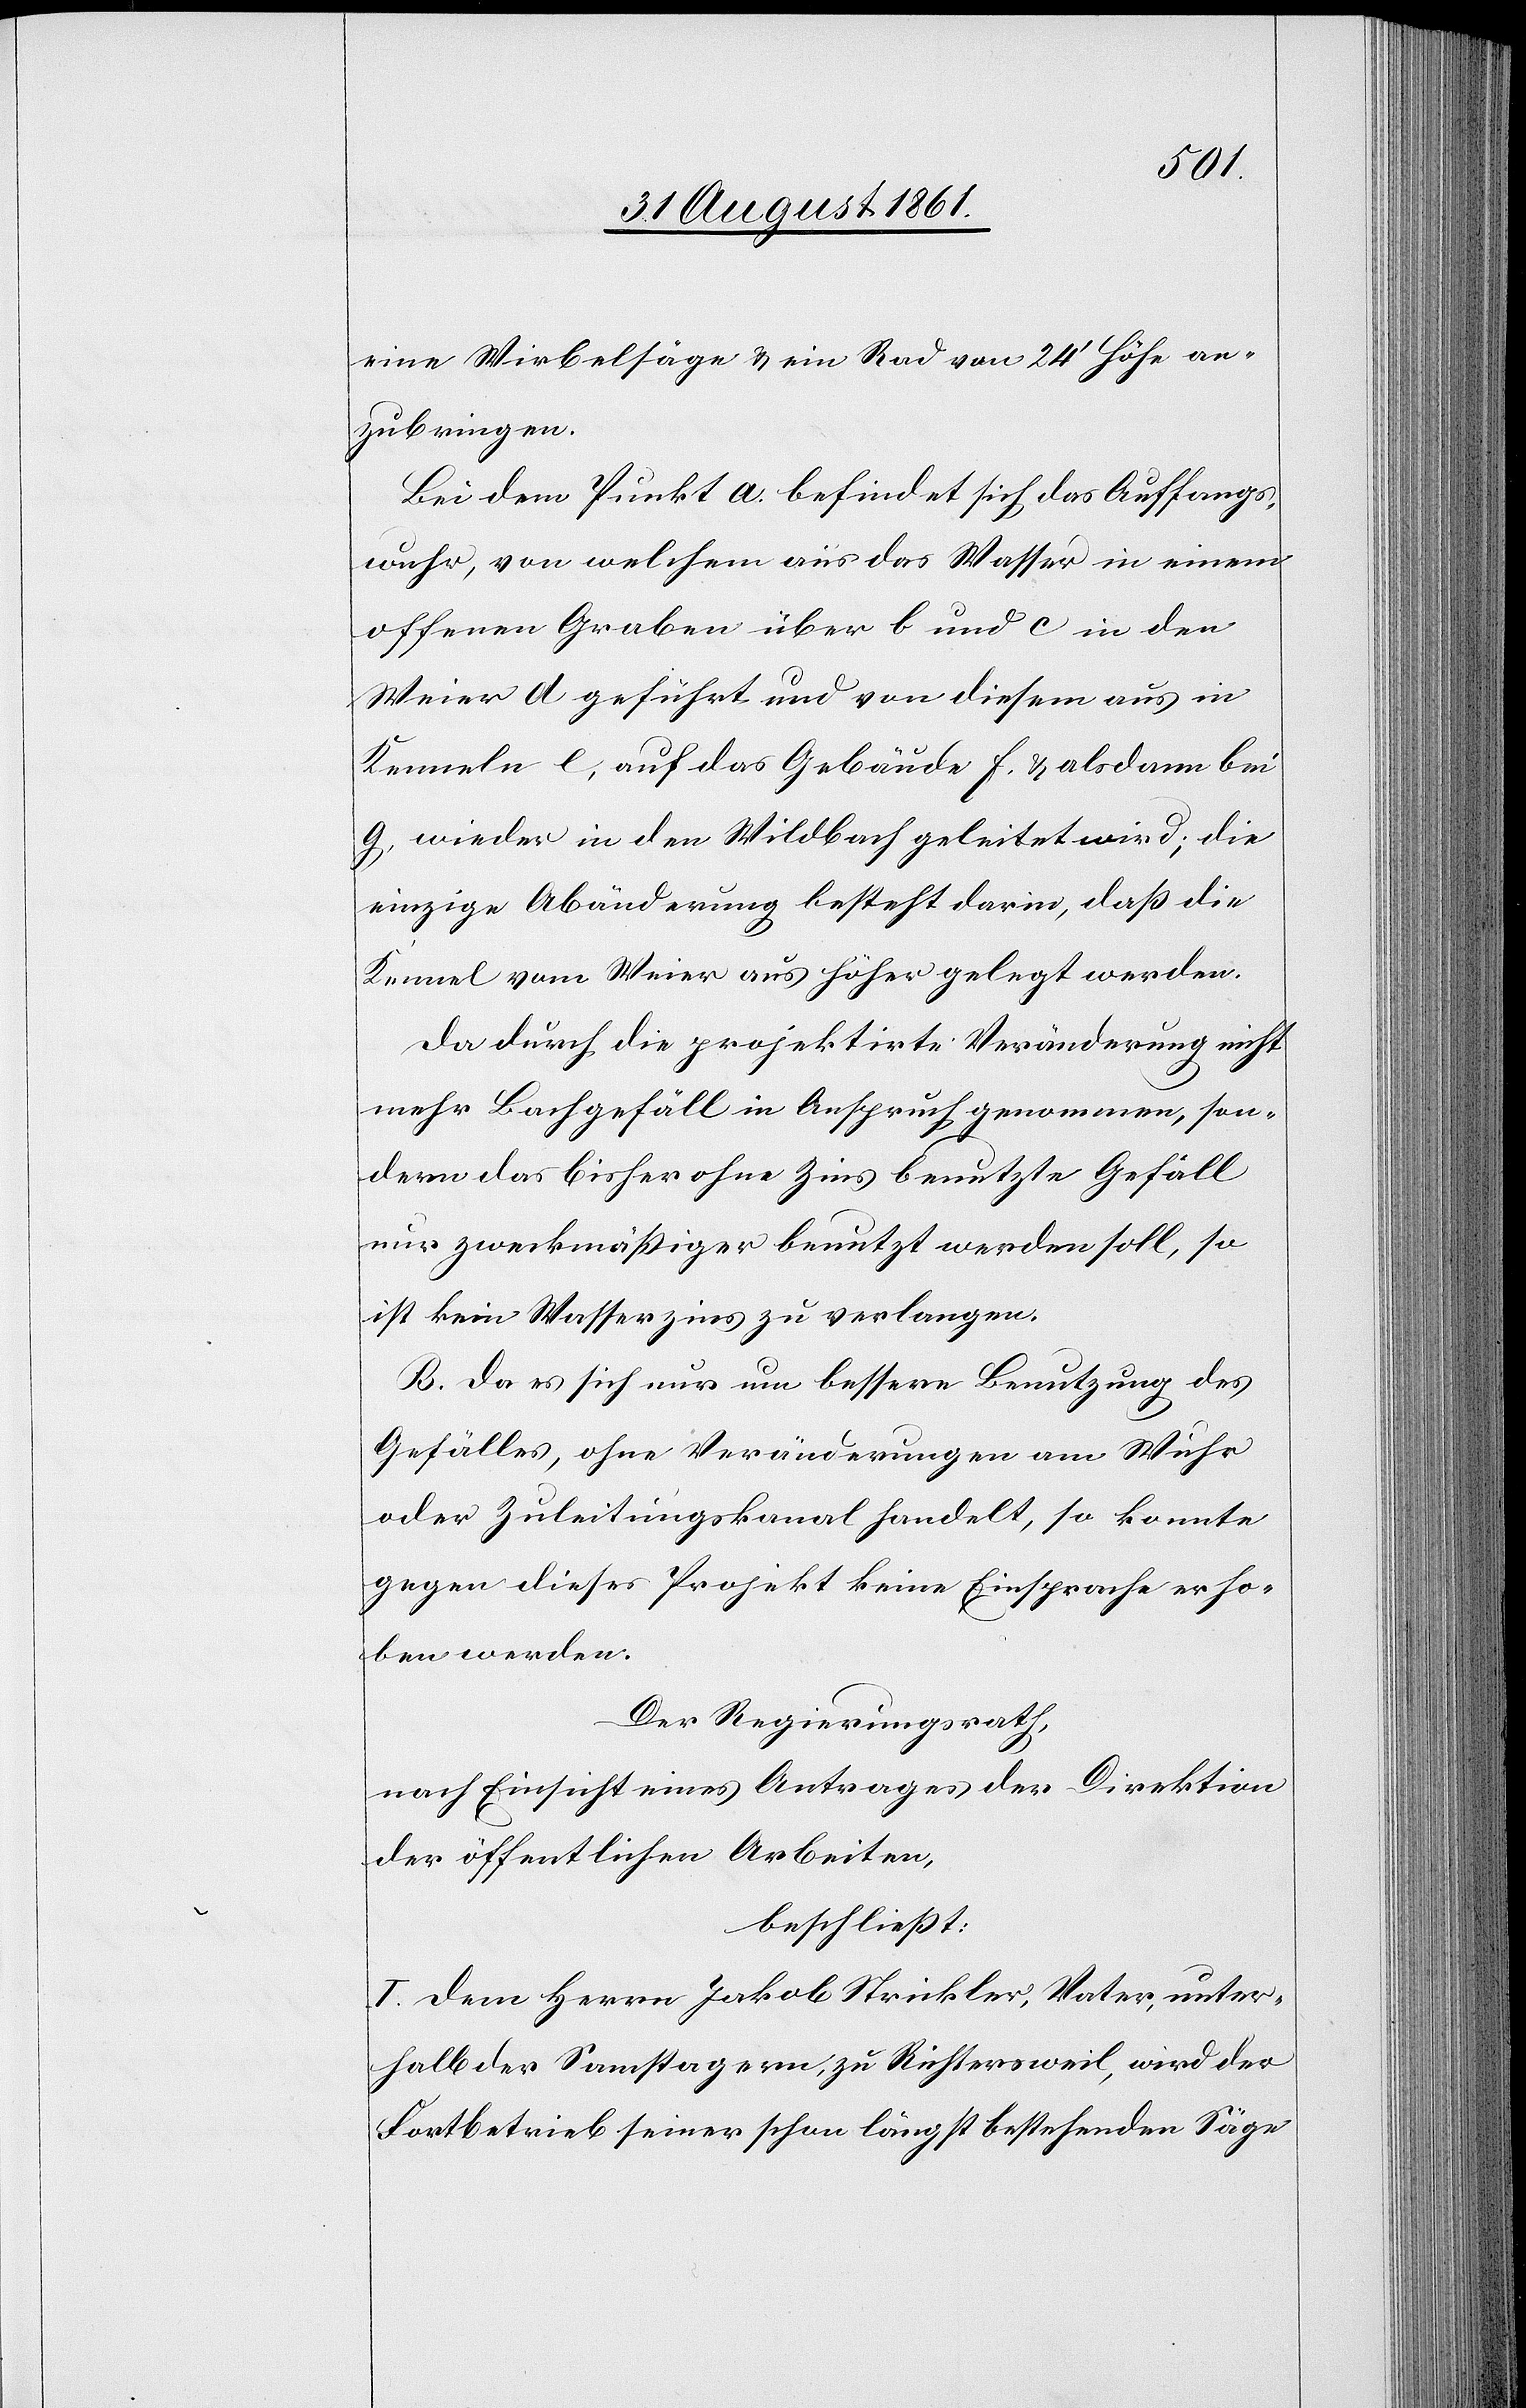
eine Wirbelsäge u. ein Rad von 24’ Höhe an¬
zubringen.
Bei dem Punkt a. befindet sich das Auffangs¬
wuhr, von welchem aus das Wasser in einem
offenen Graben über b und c in den
Weier d geführt und von diesem aus in
Kenneln e, auf das Gebäude f. u. alsdann bei
g wieder in den Wildbach geleitet wird; die
einzige Abänderung besteht darin, daß die
Kennel vom Weier aus höher gelegt werden.
Da durch die projektirte Veränderung nicht
mehr Bachgefäll in Anspruch genommen, son¬
dern das bisher ohne Zins benutzte Gefäll
nur zweckmäßiger benutzt werden soll, so
ist kein Wasserzins zu verlangen.
B. Da es sich nur um bessere Benutzung des
Gefälles, ohne Veränderungen am Wuhr
oder Zuleitungskanal handelt, so konnte
gegen dieses Projekt keine Einsprache erho¬
ben werden.
Der Regierungsrath,
nach Einsicht eines Antrages der Direktion
der öffentlichen Arbeiten,
beschließt:
I. Dem Herrn Jakob Strickler, Vater, unter¬
halb der Samstagern, zu Richtersweil, wird der
Fortbetrieb seiner schon längst bestehenden Säge